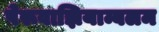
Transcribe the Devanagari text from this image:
पेरूवाझियाम्बलम